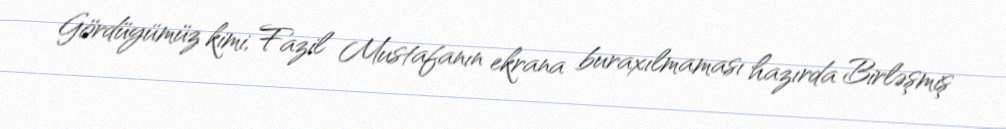
Gördüyümüz kimi, Fazil Mustafanın ekrana buraxılmaması hazırda Birləşmiş